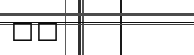
٢٧